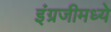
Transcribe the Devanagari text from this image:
इंग्रजीमध्‍ये